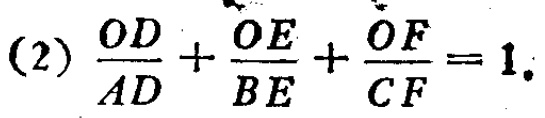
(2) \(\frac{OD}{AD}+\frac{OE}{BE}+\frac{OF}{CF}=1\).